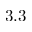
3 . 3